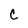
Character: c